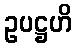
ဥပဋ္ဌဟိ